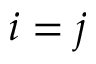
i = j